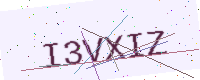
Text: I3VXIZ